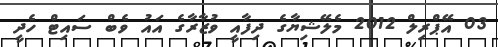
03 އޭޕްރިލް 2012 މެލޭޝިޔާގެ ދިފާއީ ވުޒާރާގެ އައު ވެބް ސައިޓް ހެދީ